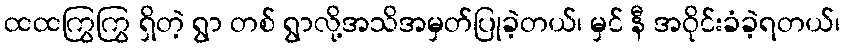
ထထကြွကြွ ရှိတဲ့ ရွာ တစ် ရွာလို့အသိအမှတ်ပြုခဲ့တယ်၊ မှင် နီ အဝိုင်းခံခဲ့ရတယ်၊